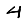
Digit: 4